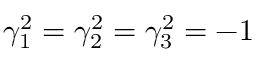
\gamma _ { 1 } ^ { 2 } = \gamma _ { 2 } ^ { 2 } = \gamma _ { 3 } ^ { 2 } = { - 1 }